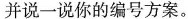
并说一说你的编号方案。